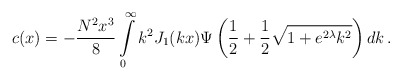
\begin{align*}c(x) = - \frac{N^2 x^3}{8} \int\limits_{0}^{\infty} k^2 J_1 (kx) \Psi \left( \frac{1}{2} +\frac{1}{2}\sqrt{1 + e^{2\lambda} k^2}\right) dk\,.\end{align*}